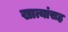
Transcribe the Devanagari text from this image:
खात्यांसह